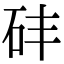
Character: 䂜